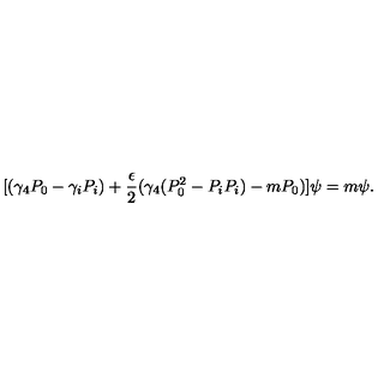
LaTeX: [ ( \gamma _ { 4 } P _ { 0 } - \gamma _ { i } P _ { i } ) + \frac { \epsilon } { 2 } ( \gamma _ { 4 } ( P _ { 0 } ^ { 2 } - P _ { i } P _ { i } ) - m P _ { 0 } ) ] \psi = m \psi .